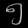
Digit: ၅